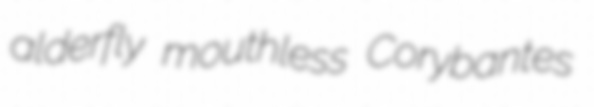
alderfly mouthless Corybantes